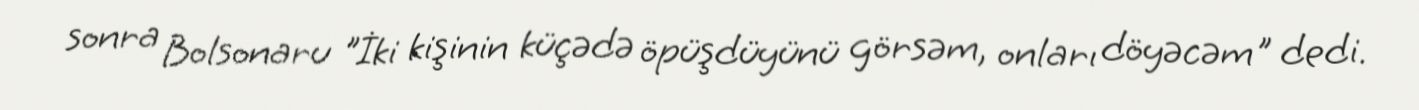
sonra Bolsonaru "İki kişinin küçədə öpüşdüyünü görsəm, onları döyəcəm" dedi.